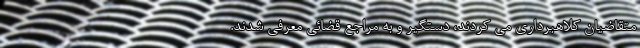
متقاضیان کلاهبرداری می کردند، دستگیر و به مراجع قضائی معرفی شدند.